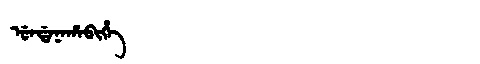
Manchu: ᡠᠨᡩᠠᠨᠠᡥᠠᠪᡳᡥᡝ
Romanization: UNDANAHABIHE